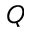
Q